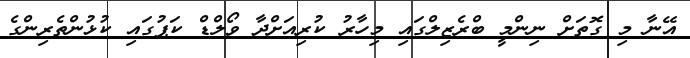
އޭނާ މި ގޮތަށް ނިންމީ ބްރެޒިލްގައި މިހާރު ކުރިއަށްދާ ވޯލްޑް ކަޕުގައި ކުޅުންތެރިންގެ